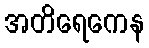
အတိရေကေန